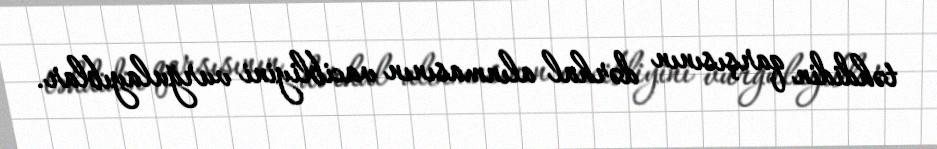
təhdidin qarşısının dərhal alınmasının vacibliyini vurğulayıblar.